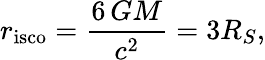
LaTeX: r_{\mathrm{isco}}={\frac{6\, GM}{c^{2}}}=3R_{S},